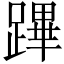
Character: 蹕